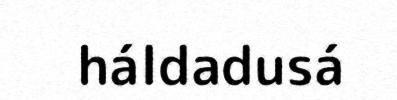
háldadusá